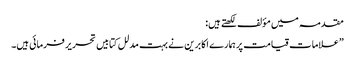
مقدمہ میں مؤلف لکھتے ہیں:
”علامات قیامت پر ہمارے اکابرین نے بہت مدلل کتابیں تحریر فرمائی ہیں۔